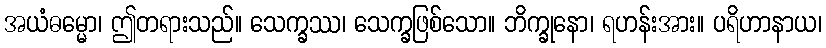
အယံဓမ္မော၊ ဤတရားသည်။ သေက္ခဿ၊ သေက္ခဖြစ်သော။ ဘိက္ခုနော၊ ရဟန်းအား။ ပရိဟာနာယ၊